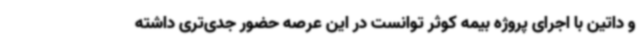
و داتین با اجرای پروژه بیمه کوثر توانست در این عرصه حضور جدی‌تری داشته